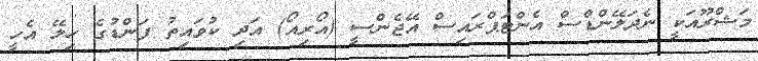
މަޝްރޫއަކީ ނެދަލޭންޑްސް އެންޓަޕްރައިސް އޭޖެންސީ (އޯރިއޯ) އަދި ކުވައިތު ފަންޑުގެ ހިލޭ އެހީ